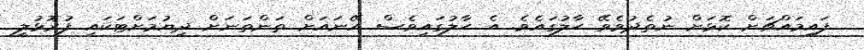
ފައިމައްޗަށް ކޮޅަށް ނުތެދުވެވޭ ޙާލުގައެވެ. އެ ޙާލުގައިވެސް އޭނައަށް ތަންތަނަށް ދިޔުމަށްޓަކައި ފުރޮޅުލީ